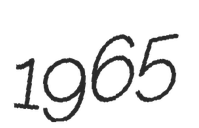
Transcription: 1965